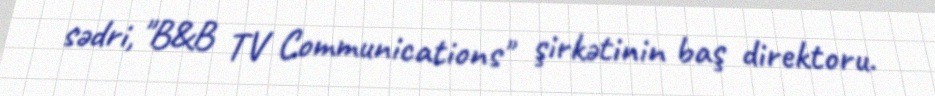
sədri, "B&B TV Communications" şirkətinin baş direktoru.